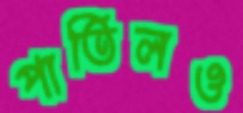
পাতিলও